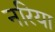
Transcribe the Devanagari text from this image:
नरिया